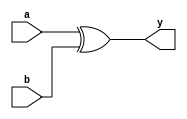
module xor_gate (
    input wire a,
    input wire b,
    output wire y
);

assign y = a ^ b;

endmodule